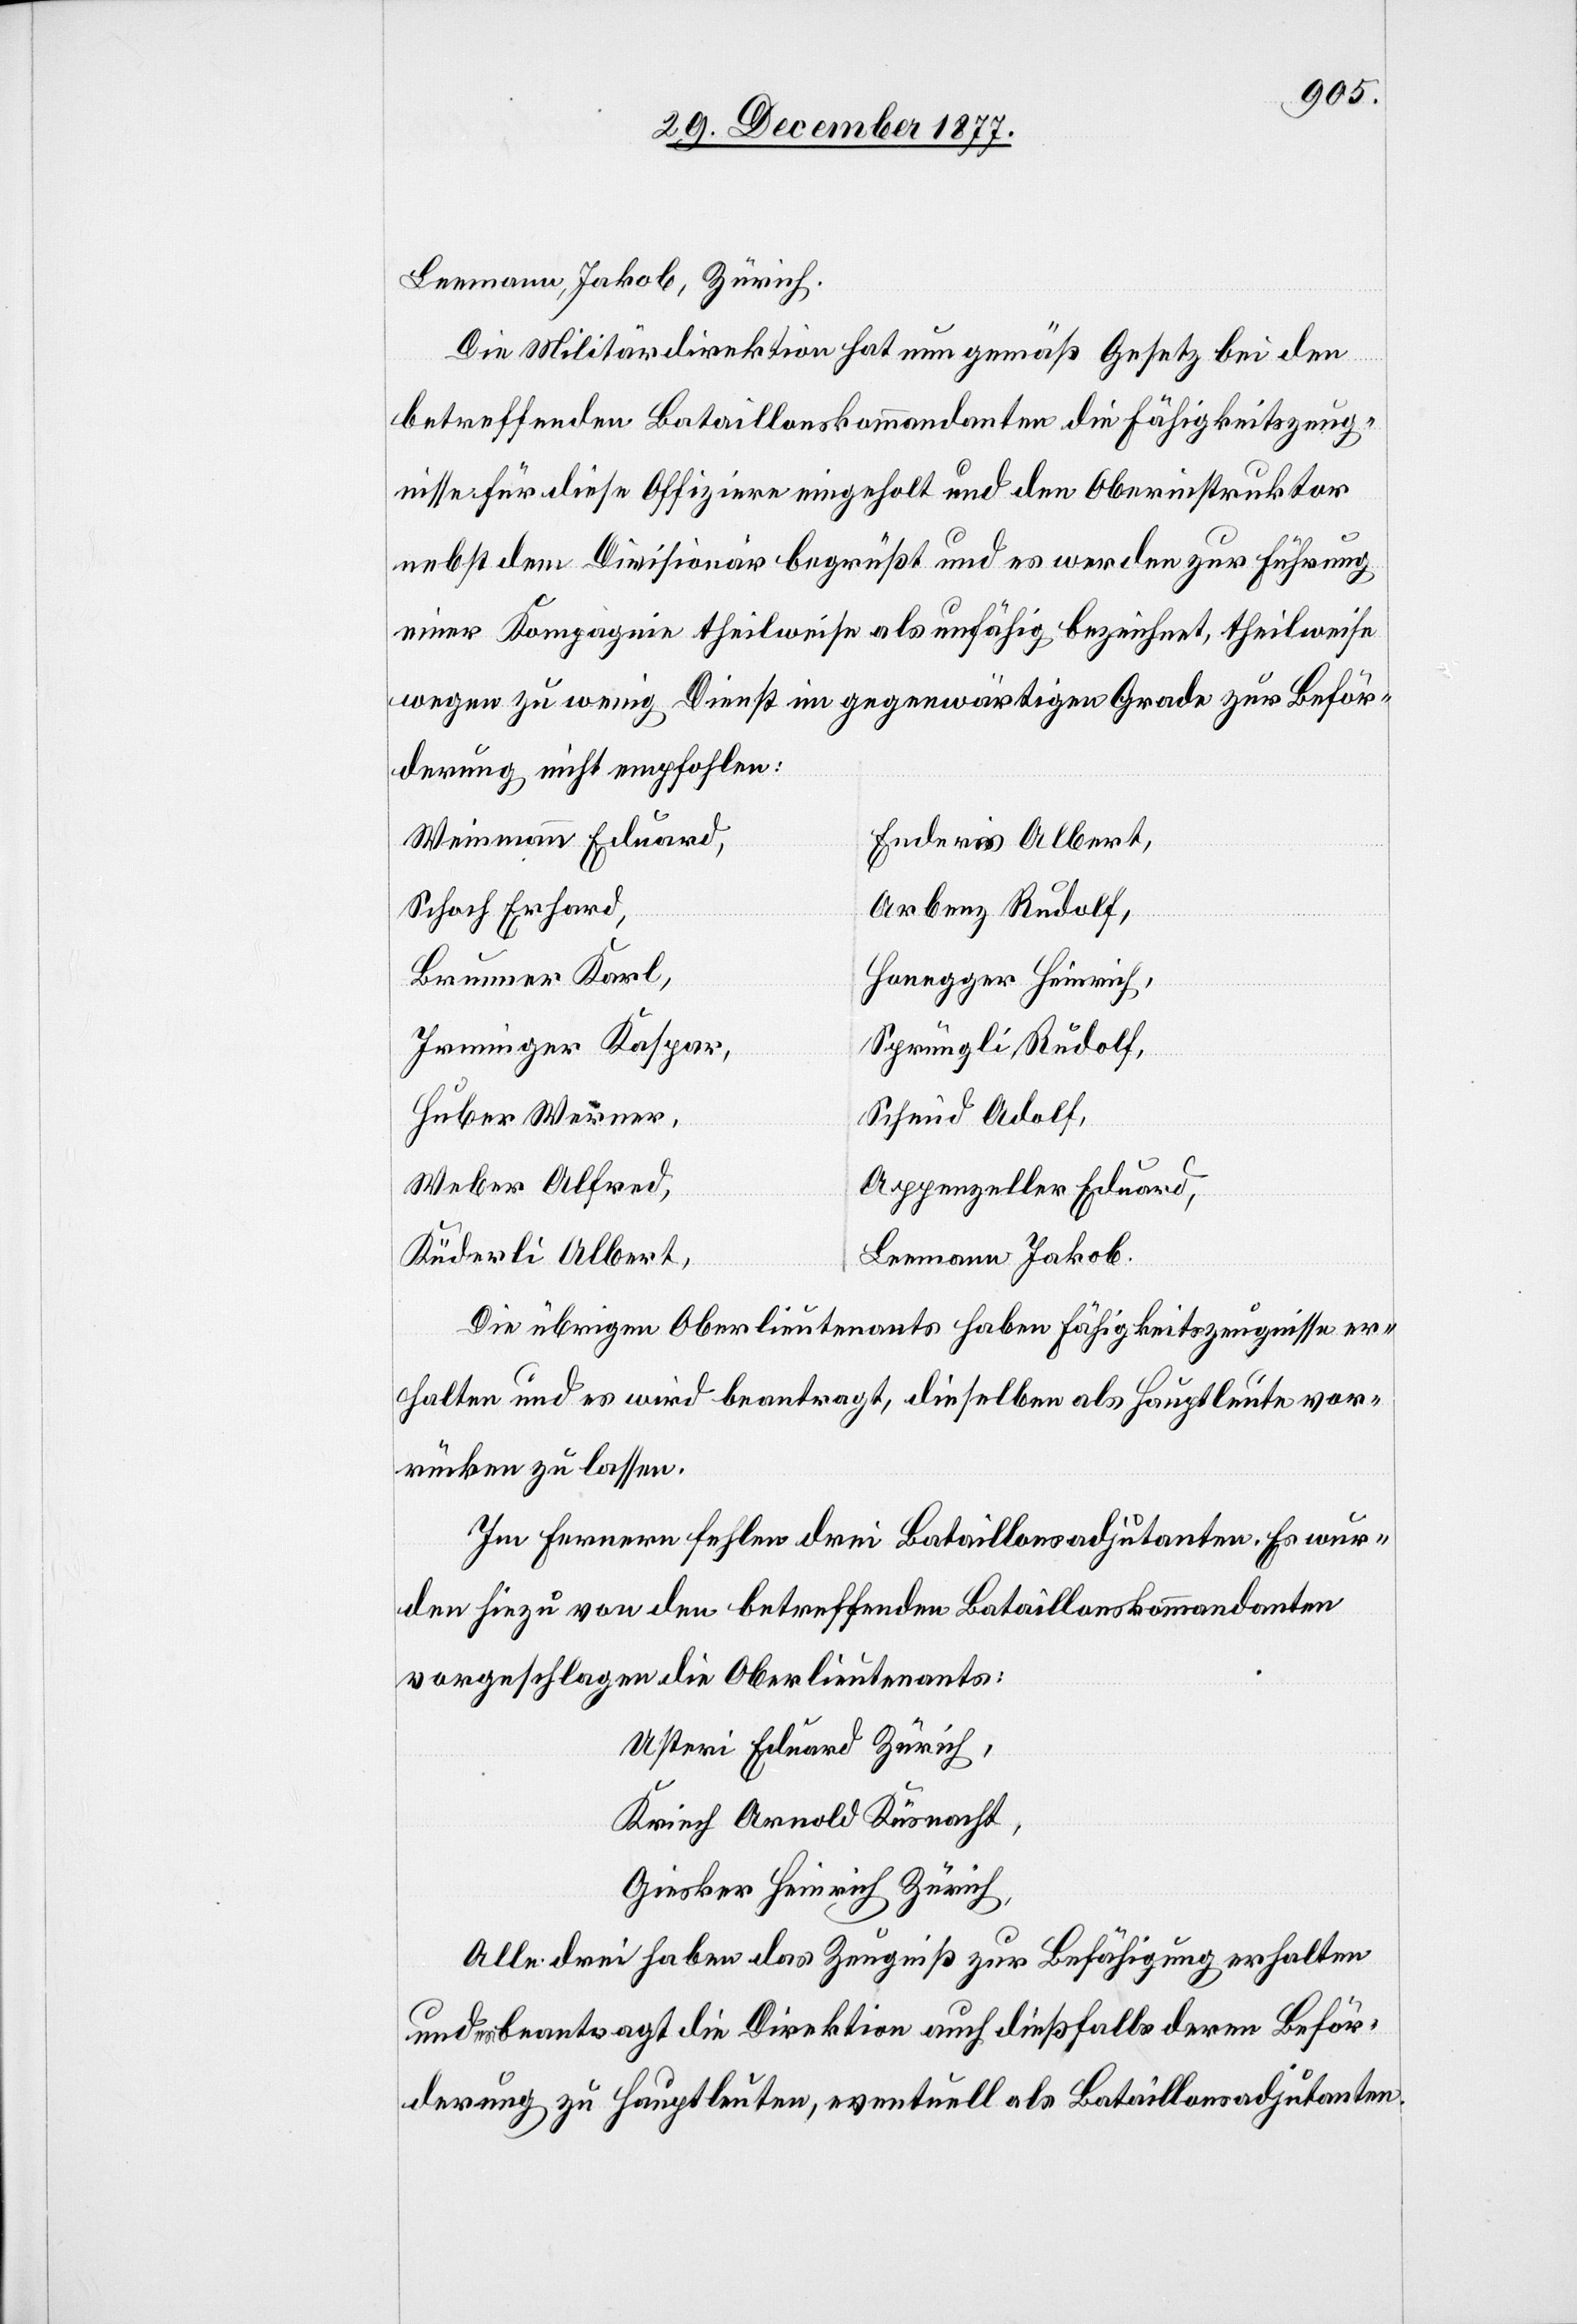
Leemann, Jakob, Zürich.
Die Militärdirektion hat nun gemäß Gesetz bei den
betreffenden Bataillonskommandanten die Fähigkeitszeug¬
nisse für diese Offiziere eingeholt und den Oberinstruktor
nebst dem Dividionär begrüßt und es werden zur Führung
einer Kompagnie theilweise als unfähig bezeichnet, theilweise
wegen zu wenig Dienst im gegenwärtigen Grade zur Beför¬
derung nicht empfohlen:
Weinmann Eduard,
Enderis Albert,
Schoch Erhard,
Arbenz Rudolf,
Brunner Karl,
Honegger Heinrich,
Irminger Kaspar,
Sprüngli Rudolf,
Huber Werner,
Schmid Adolf,
Weber Alfred,
Appenzeller Eduard
Küderli Albert,
Leemann Jakob.
Die übrigen Oberlieutenants haben Fähigkeitszeugnisse er¬
halten und es wird beantragt, dieselben als Hauptleute vor¬
rücken zu lassen.
Im Fernern fehlen drei Bataillonsadjutanten. Es wur¬
den hiezu von den betreffenden Bataillonskommandanten
vorgeschlagen die Oberlieutenants:
Usteri Eduard Zürich,
Kriech Arnold Küsnacht,
Giesker Heinrich Zürich,
Alle drei haben das Zeugniß zur Befähigung erhalten
und es beantragt die Direktion auch dießfalls deren Beför¬
derung zu Hauptleuten, eventuell als Bataillonsadjutanten.